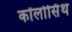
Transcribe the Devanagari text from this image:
कॉलोसिंथ